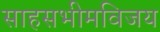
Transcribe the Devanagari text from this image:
साहसभीमविजय